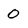
Character: 0